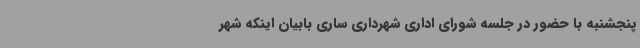
پنجشنبه با حضور در جلسه شورای اداری شهرداری ساری بابیان اینکه شهر